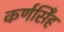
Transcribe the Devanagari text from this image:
कर्णसिँह